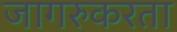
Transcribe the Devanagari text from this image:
जागरुकरता